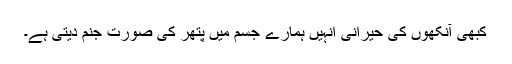
کبھی آنکھوں کی حیرانی انہیں ہمارے جسم میں پتھر کی صورت جنم دیتی ہے۔